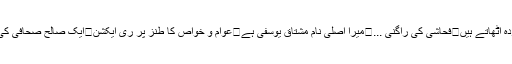
ملا عمر کے متعمد خاص طالبان میں اندرونی کشمکش سے پردہ اٹھاتے ہیں	فحاشی کی راگنی ...	میرا اصلی نام مشتاق یوسفی ہے	عوام و خواص کا طنز پر ری ایکشن	ایک صالح صحافی کی نہایت قابل اشاعت خبر	پاکستان کا نیا آرمی چیف کون ہو گا؟